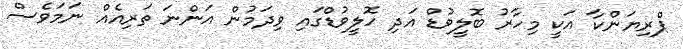
ޕްރިޔަންކާ އަކީ މިހާރު ބޮލީވުޑް އަދި ހޮލީވުޑްގައި ވިދަމުން އަންނަ ތަރިއެއް ނަމަވެސް